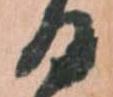
る